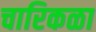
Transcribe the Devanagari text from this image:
चारिकळा